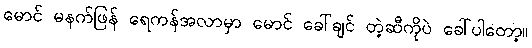
မောင် မနက်ဖြန် ရေကန်အလာမှာ မောင် ခေါ်ချင် တဲ့ဆီကိုပဲ ခေါ်ပါတော့။